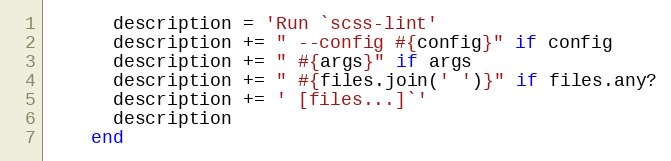
Language: Ruby
      description = 'Run `scss-lint'
      description += " --config #{config}" if config
      description += " #{args}" if args
      description += " #{files.join(' ')}" if files.any?
      description += ' [files...]`'
      description
    end